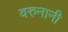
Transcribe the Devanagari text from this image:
वरुनानी